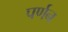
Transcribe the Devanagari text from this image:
पर्णन